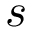
s